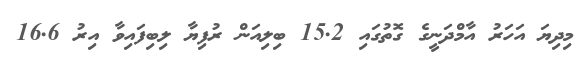
މިދިޔަ އަހަރު އާމްދަނީގެ ގޮތުގައި 15.2 ބިލިއަން ރުފިޔާ ލިބިފައިވާ އިރު 16.6